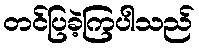
တင်ပြခဲ့ကြပါသည်